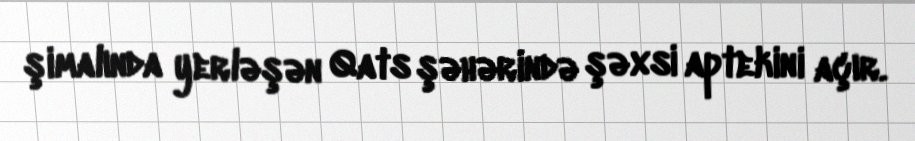
şimalında yerləşən Qats şəhərində şəxsi aptekini açır.